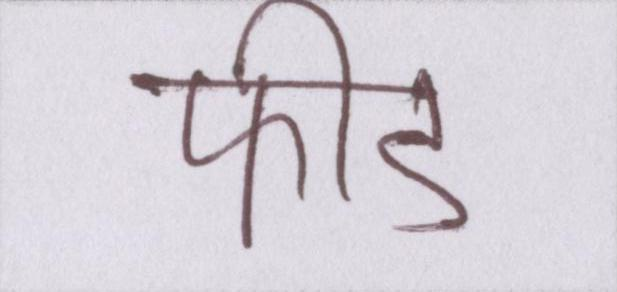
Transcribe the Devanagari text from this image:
फीड